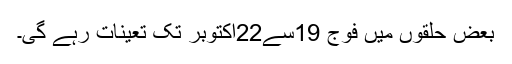
بعض حلقوں میں فوج 19سے22اکتوبر تک تعینات رہے گی۔